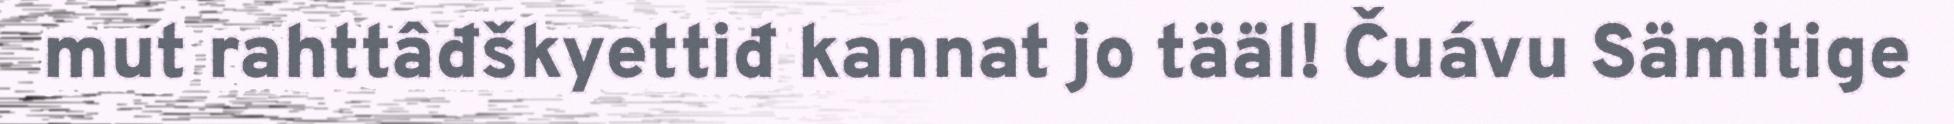
mut rahttâđškyettiđ kannat jo tääl! Čuávu Sämitige